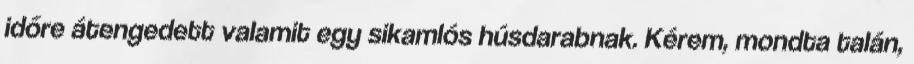
időre átengedett valamit egy sikamlós húsdarabnak. Kérem, mondta talán,